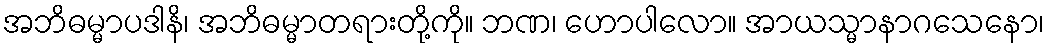
အဘိဓမ္မာပဒါနိ၊ အဘိဓမ္မာတရားတို့ကို။ ဘဏ၊ ဟောပါလော။ အာယသ္မာနာဂသေနော၊